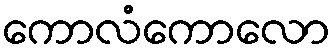
ကောလံကောလော